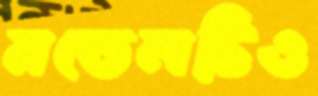
মডেলটিও